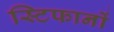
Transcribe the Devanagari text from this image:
स्टिफानों